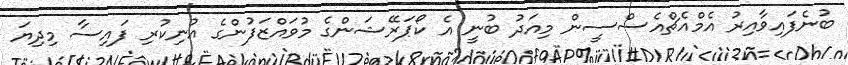
ބުނެފައިވާއިރު އެމްއެޗްއެސްސީން މިއަދު ބުނީ އެ ކޯޕަރޭޝަންގެ މުވައްޒަފުންގެ އުނިކުރި ފައިސާ މިދިޔަ